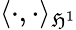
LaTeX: \langle\cdot,\cdot\rangle_{\mathfrak{H}^{1}}